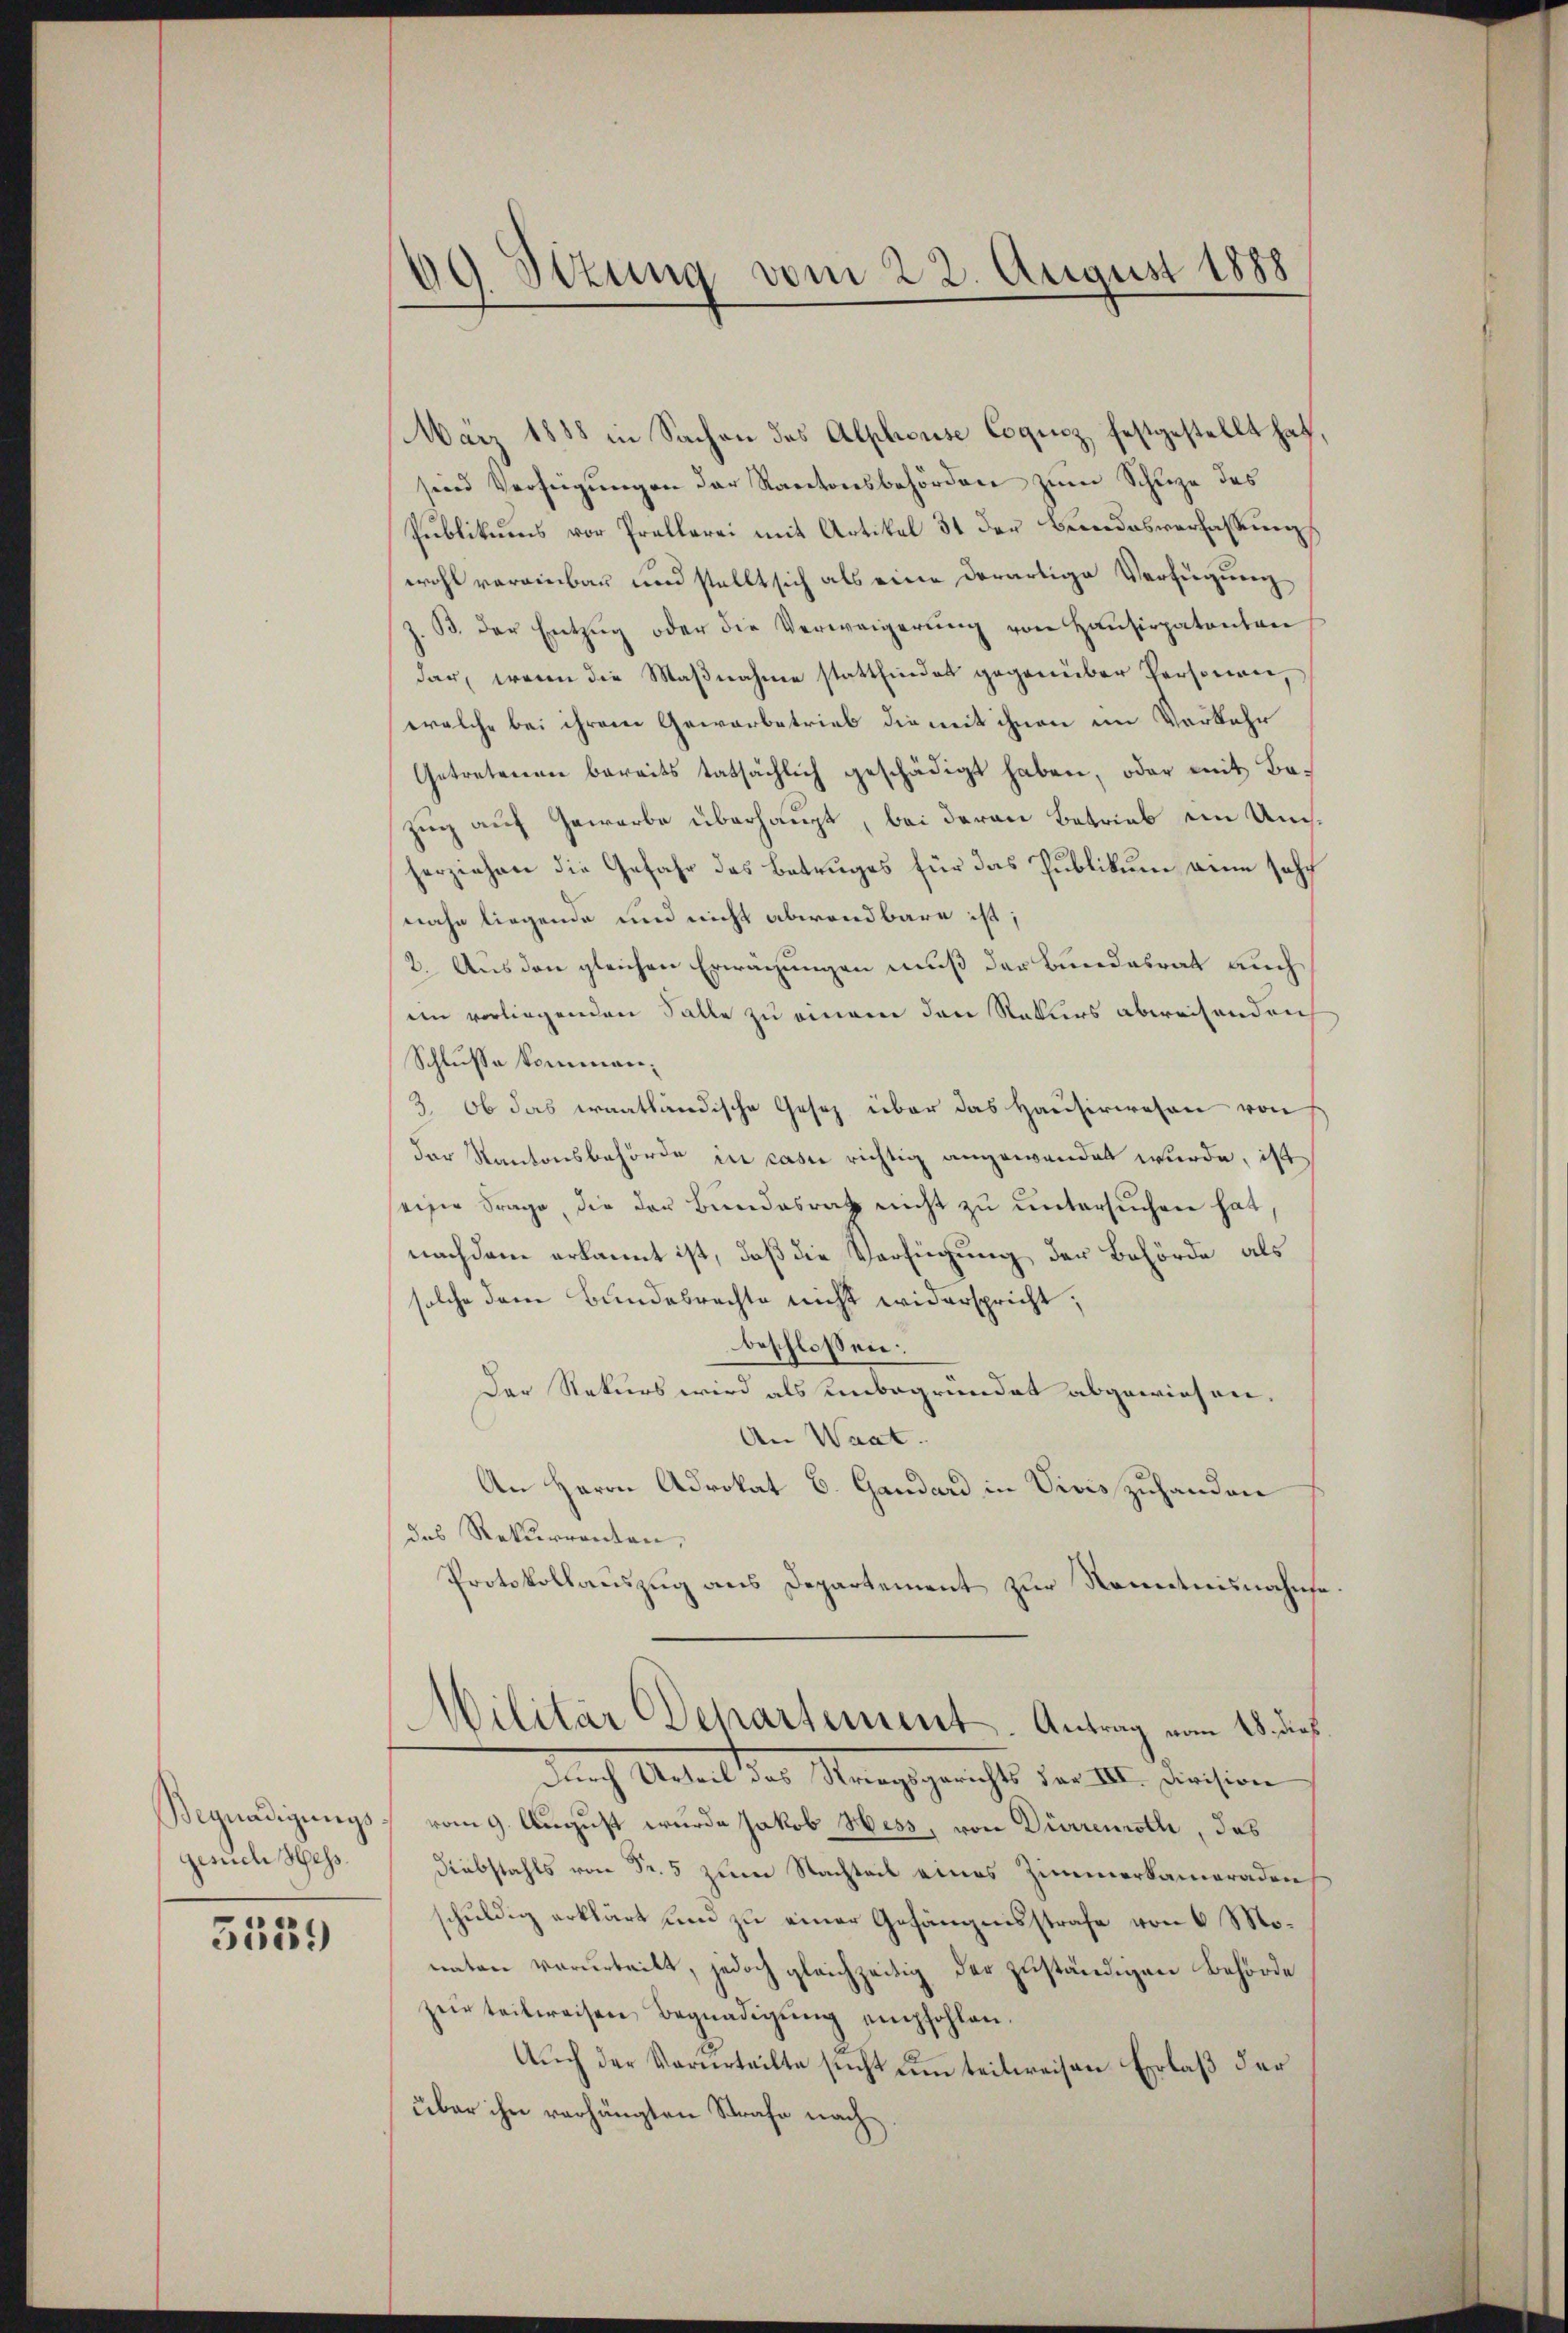
Begnadigungs-
gesuch Hess.

5539

69 Stzung vom 22. August 1888

März 1888 in Sachen des Alphrouse Coquiz festgestellt hat,
sind Verfügungen der Kantonsbehörden zum Schuze des
Publikums vor Prellerei mit Artikel 31 der Bundesverfassung
wohl vereinbar und stellt sich als eine derartige Verfügung
Z. B. der Entzŭg oder die Verweigerŭng von Hausirpatenten
dar, wenn die Maβnahme stattfindet gegenüber Personen,
welche bei ihrem Gewerbetrieb die mit ihnen im Vorkehr
Getretenen bereits tatsächlich geschädigt haben, oder mit Bazug auf Gewerbe überhaupt, bei deren Betrieb ein Umherziehen die Gefahr das Betruges für das Publikum wenn sehr
nahe liegende und nicht abwendbare ist;
2. Aus den gleichen Erwägungen muß der Bundesrat auch
im vorliegenden Falle zu einem den Naturs abweisenden
Schlusse kommen;
3. Ob das erantländische Gesetz über das Hausirwesen von
der Kantonsbehörde in casu richtig angewanden wurde, ist
seine Frage, die der Bundesrath nicht zu untersuchen hat,
nachdem erkannt ist, daß die Verfügung der Behörde als
solche dem Bundesrechte nicht widerspricht;
beschlossen:
Der Rekurs wird als unbegründet abgewiesen.
An Waat.
An Herrn Advokat E. Gandard in Vivis zuhanden
das Rekurrenten,
Protokollauszug aus Departement zur Kenntnisnahme
Militär Departement-Antrag vom 18. dieß
Durch Urteil des Striegsgerichts der III. Division
vom 9. August wurde Jakob Hess, von Dürrenroth, das
Diebstahls von Fr. 5 zum Nachteil eines Zimmerkameraden
schuldig erklärt und zu einer Gefängnisstrafe von 6 Monaten verurteilt, jedoch gleichzeitig der zuständigen Behörde
zur teilweisen Begnadigung empfohlen.
Auch der Verurteilte sucht um teilweisen Erlaß der
über ihn verhängten Strafe nach¬